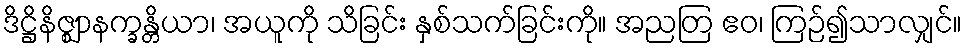
ဒိဋ္ဌိနိဇ္ဈာနက္ခန္တိယာ၊ အယူကို သိခြင်း နှစ်သက်ခြင်းကို။ အညတြ ဧဝ၊ ကြဉ်၍သာလျှင်။